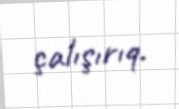
çalışırıq.